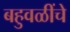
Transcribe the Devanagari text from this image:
बहुवळींचे